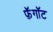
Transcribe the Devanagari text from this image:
फ़ॅगॉट